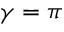
\gamma = \pi